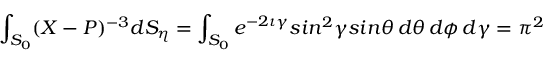
\int _ { S _ { 0 } } ( X - P ) ^ { - 3 } d S _ { \eta } = \int _ { S _ { 0 } } e ^ { - 2 \iota \gamma } s i n ^ { 2 } \gamma s i n \theta \, d \theta \, d \phi \, d \gamma = \pi ^ { 2 }